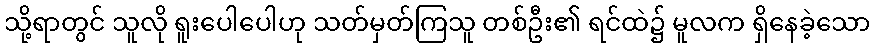
သို့ရာတွင် သူလို ရူးပေါပေါဟု သတ်မှတ်ကြသူ တစ်ဦး၏ ရင်ထဲ၌ မူလက ရှိနေခဲ့သော